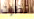
نظرات